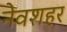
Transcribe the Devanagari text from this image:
नेवशहर